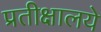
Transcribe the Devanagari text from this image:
प्रतीक्षालये